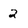
Character: 2